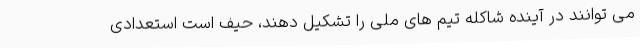
می توانند در آینده شاکله تیم های ملی را تشکیل دهند، حیف است استعدادی